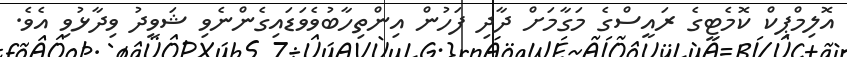
އޮލިމްޕިކް ކޮމެޓީގެ ރައީސްގެ މަގާމަށް ދާދި ފަހުން އިންތިހާބުވެވަޑައިގެންނެވި ޝަވީދު ވިދާޅުވި އެވެ.